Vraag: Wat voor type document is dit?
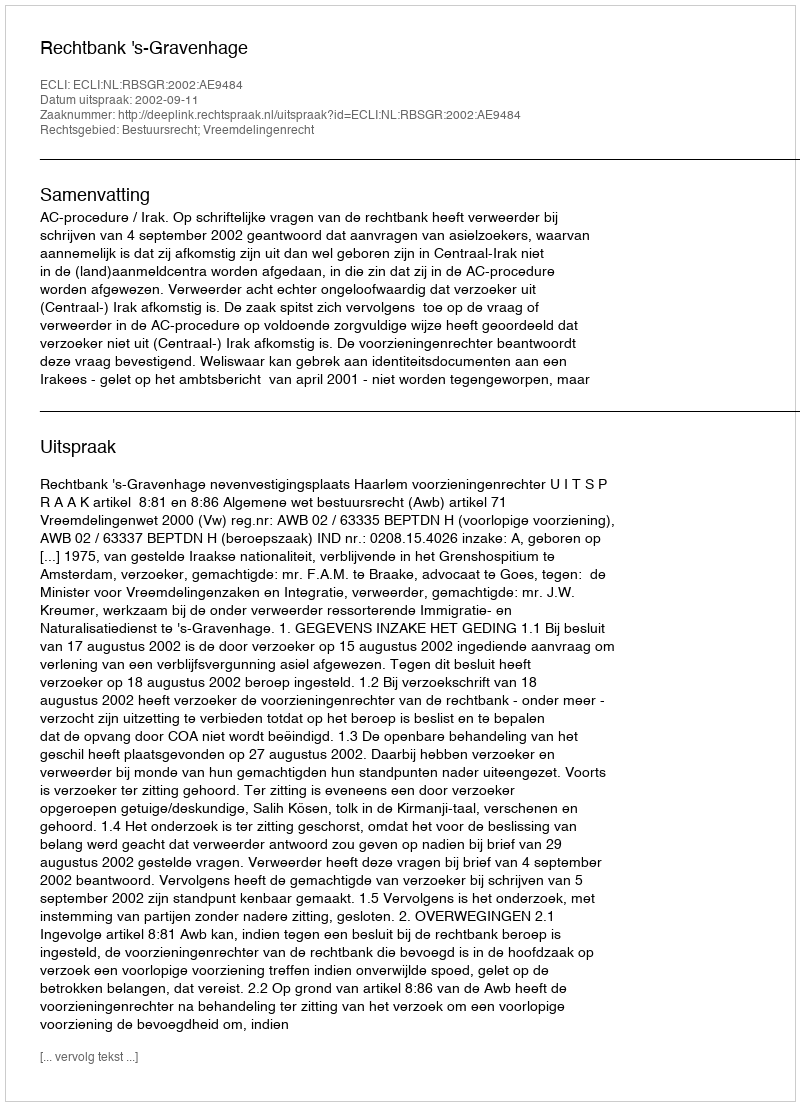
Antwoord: Uitspraak